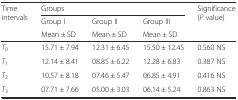
<table><thead><tr><td rowspan="3"><b>Time intervals</b></td><td colspan="3"><b>Groups</b></td><td rowspan="3"><b>Significance (<i>P</i> value)</b></td></tr><tr><td><b>Group I</b></td><td><b>Group II</b></td><td><b>Group III</b></td></tr><tr><td><b>Mean ± SD</b></td><td><b>Mean ± SD</b></td><td><b>Mean ± SD</b></td></tr></thead><tbody><tr><td><i>T</i><sub>0</sub></td><td>15.71 ± 7.94</td><td>12.31 ± 6.45</td><td>15.50 ± 12.45</td><td>0.560 NS</td></tr><tr><td><i>T</i><sub>1</sub></td><td>12.14 ± 8.41</td><td>08.85 ± 6.22</td><td>12.28 ± 6.83</td><td>0.387 NS</td></tr><tr><td><i>T</i><sub>2</sub></td><td>10.57 ± 8.18</td><td>07.46 ± 5.47</td><td>06.85 ± 4.91</td><td>0.416 NS</td></tr><tr><td><i>T</i><sub>3</sub></td><td>07.71 ± 7.66</td><td>05.00 ± 3.03</td><td>06.14 ± 5.24</td><td>0.863 NS</td></tr></tbody></table>